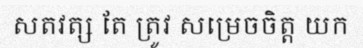
សតវត្ស តែ ត្រូវ សម្រេចចិត្ត យក